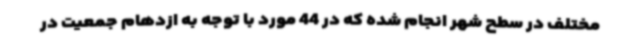
مختلف در سطح شهر انجام شده که در 44 مورد با توجه به ازدهام جمعیت در